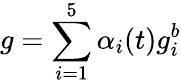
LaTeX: g=\sum_{i=1}^{5}\alpha_{i}(t)g_{i}^{b}